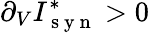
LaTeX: \partial_{V}I_{\mathrm{~s~y~n~}}^{*}>0